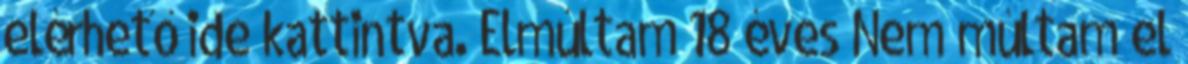
elérhető ide kattintva. Elmúltam 18 éves Nem múltam el